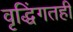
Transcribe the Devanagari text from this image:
वृद्धिंगतही